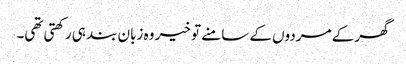
گھر کے مردوں کے سامنے تو خیر وہ زبان بند ہی رکھتی تھی۔